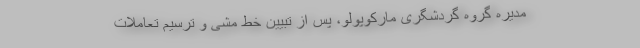
مدیره گروه گردشگری مارکوپولو، پس از تبیین خط مشی و ترسیم تعاملات